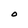
Character: O